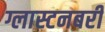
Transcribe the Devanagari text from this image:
ग्लास्टनबरी